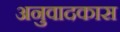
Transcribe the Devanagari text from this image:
अनुवादकास